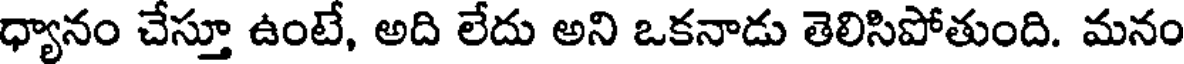
ధ్యానం చేస్తూ ఉంటే, అది లేదు అని ఒకనాడు తెలిసిపోతుంది. మనం